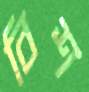
বিশ